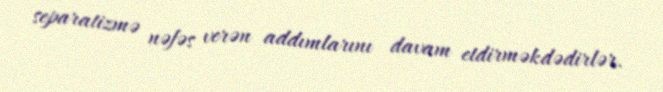
separatizmə nəfəs verən addımlarını davam etdirməkdədirlər.